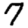
Digit: 7